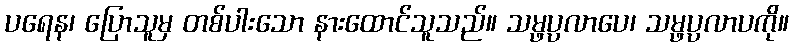
ပရေန၊ ပြောသူမှ တစ်ပါးသော နားထောင်သူသည်။ သမ္ဖပ္ပလာပေ၊ သမ္ဖပ္ပလာပကို။